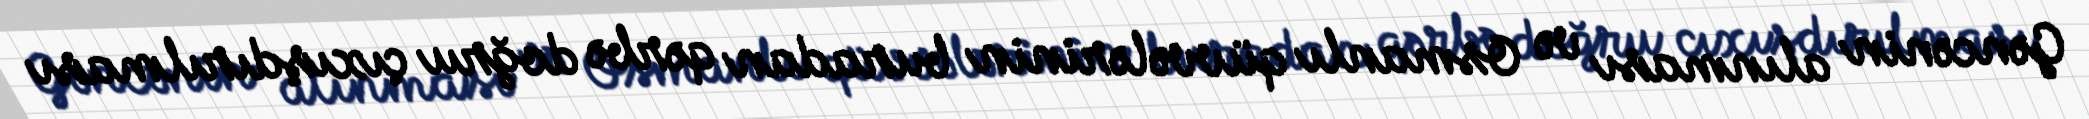
Gəncənin alınması və Osmanlı qüvvələrinin buradan qərbə doğru çıxışdırılması